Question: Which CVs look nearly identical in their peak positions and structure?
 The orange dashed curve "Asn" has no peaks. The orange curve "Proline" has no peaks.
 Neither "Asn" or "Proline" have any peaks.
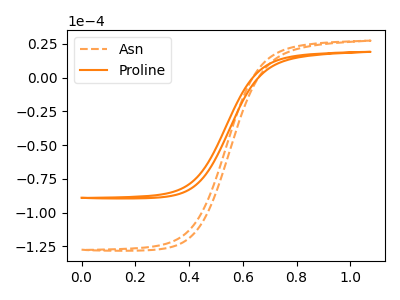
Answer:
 <answer>"Proline" and "Asn" have the same shape and are likely CV's of the same chemical.</answer>
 <eval>"Proline" "Asn"</eval>